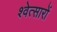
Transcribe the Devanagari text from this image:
श्वेत्सारों